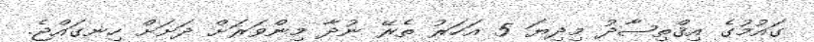
ގައުމުގެ އިޤްތިޞާދު މިދިޔަ 5 އަހަރު ތެރޭ ނުދާ މިންވަރަށް ދަށަށް ހިނގައްޖެ.